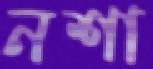
নশা